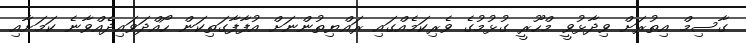
ގާސިމް އިތުރަށް ވިދާޅުވީ މްހޫރީ ގުޅުމުގެ ވެރިކަމެއްގައި ރައްޔިތުންނަށް އުފާފާގަތިކަން ހޯއްދަވައިދެއްވާނެ ކަމަށާއި